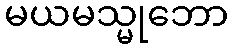
မယမသ္မုဘော